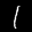
Label: 1